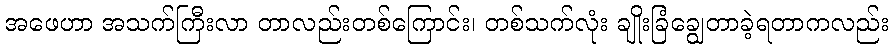
အဖေဟာ အသက်ကြီးလာ တာလည်းတစ်ကြောင်း၊ တစ်သက်လုံး ချိုးခြံချွေတာခဲ့ရတာကလည်း